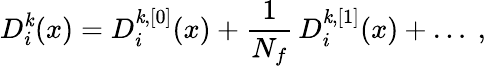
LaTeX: D_{i}^{\mathit{k}}(x)=D_{i}^{\mathit{k},[0]}(x)+\frac{{1}}{{N_{f}}}\, D_{i}^{\mathit{k},[1]}(x)+\ldots~,